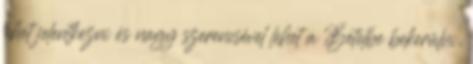
lehet jelentkezni és nagy szerencsével lehet a Bételbe bekerülni,